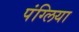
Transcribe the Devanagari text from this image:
पंग्लिया